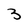
Character: 3